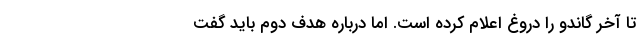
تا آخر گاندو را دروغ اعلام کرده است. اما درباره هدف دوم باید گفت